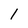
Character: 1